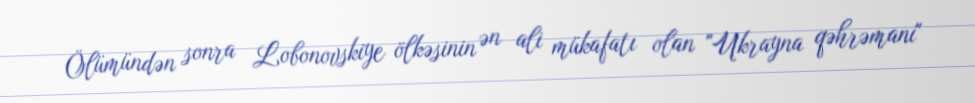
Ölümündən sonra Lobonovskiye ölkəsinin ən ali mükafatı olan "Ukrayna qəhrəmanı"